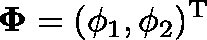
\mathbf { \Phi } = ( \phi _ { 1 } , \phi _ { 2 } ) ^ { \mathrm { T } }